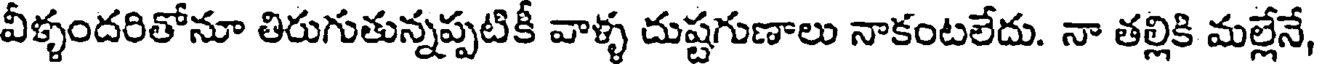
వీళ్ళందరితోనూ తిరుగుతున్నప్పటికీ వాళ్ళ దుష్టగుణాలు నాకంటలేదు. నా తల్లికి మల్లేనే